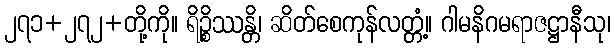
၂၇၁+၂၇၂+တို့ကို။ ရိဉ္စိဿန္တိ၊ ဆိတ်စေကုန်လတ္တံ့။ ဂါမနိဂမရာဇဋ္ဌာနီသု၊